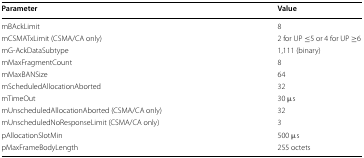
<table><thead><tr><td><b>Parameter</b></td><td><b>Value</b></td></tr></thead><tbody><tr><td>mBAckLimit</td><td>8</td></tr><tr><td>mCSMATxLimit (CSMA/CA only)</td><td>2 for UP ≤5 or 4 for UP ≥6</td></tr><tr><td>mG-AckDataSubtype</td><td>1,111 (binary)</td></tr><tr><td>mMaxFragmentCount</td><td>8</td></tr><tr><td>mMaxBANSize</td><td>64</td></tr><tr><td>mScheduledAllocationAborted</td><td>32</td></tr><tr><td>mTimeOut</td><td>30 μs</td></tr><tr><td>mUnscheduledAllocationAborted (CSMA/CA only)</td><td>32</td></tr><tr><td>mUnscheduledNoResponseLimit (CSMA/CA only)</td><td>3</td></tr><tr><td>pAllocationSlotMin</td><td>500 μs</td></tr><tr><td>pMaxFrameBodyLength</td><td>255 octets</td></tr></tbody></table>